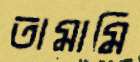
তামামি